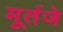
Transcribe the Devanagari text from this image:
मूर्तजे